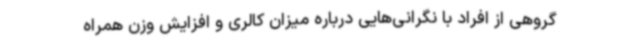
گروهی از افراد با نگرانی‌هایی درباره میزان کالری و افزایش وزن همراه